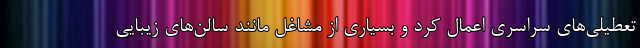
تعطیلی‌های سراسری اعمال کرد و بسیاری از مشاغل مانند سالن‌های زیبایی